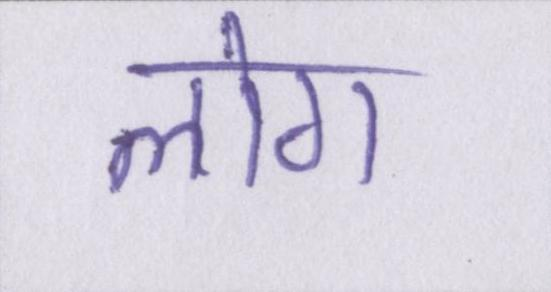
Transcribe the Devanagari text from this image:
लोग